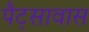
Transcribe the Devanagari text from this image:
पैट्सावास